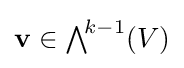
\mathbf {v} \in {\textstyle \bigwedge }^{\!k-1}(V)